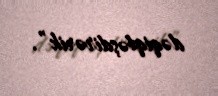
dəqiqləşdirərik”.